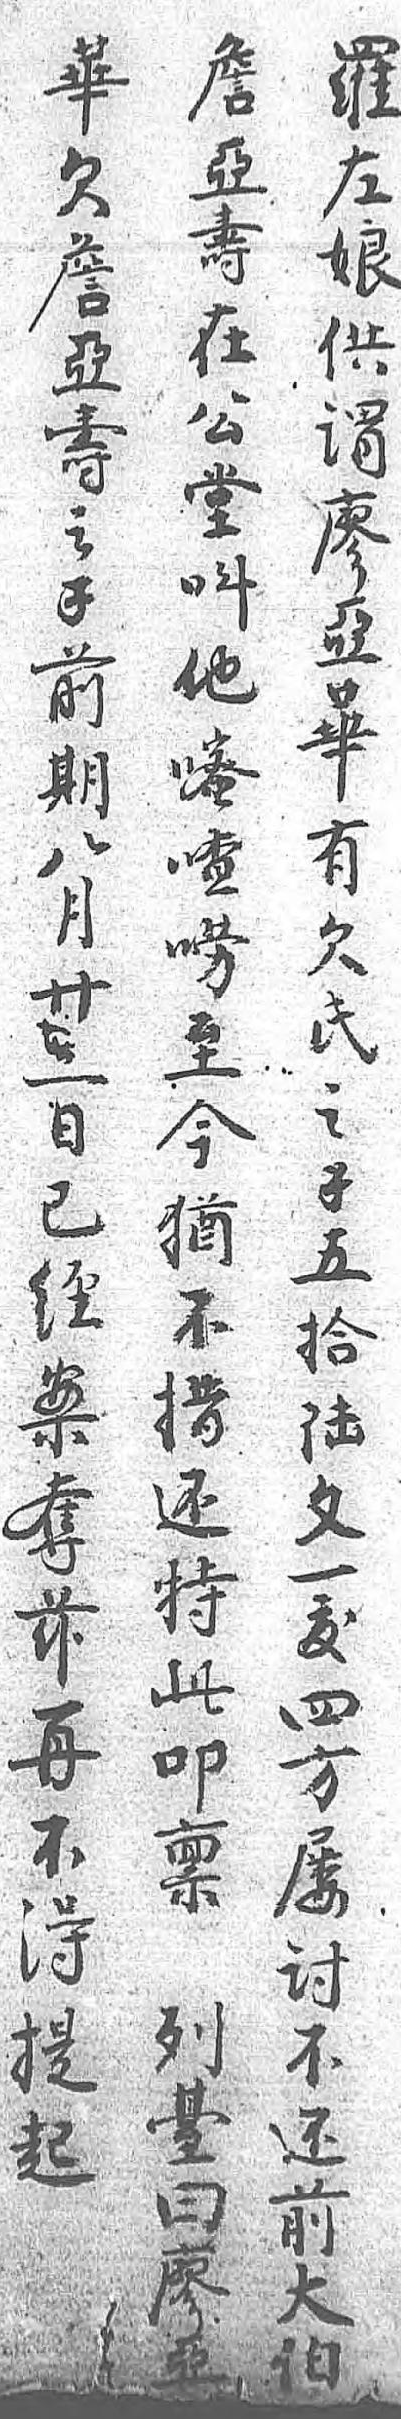
羅詹華左亞欠娘壽詹供在亞謂公壽廖堂之亞叫錢華他,有嘧前欠喳期氏嘮八之至月錢今廿五猶二拾不日陸措已文还經一特案鈸此奪四叩兹方禀再屡列不討臺得不曰提还廖起前亞 大  伯